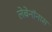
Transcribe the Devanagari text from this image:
लेबेनॉनास